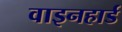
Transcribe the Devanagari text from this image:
वाइनहार्ड